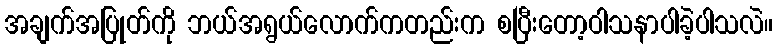
အချက်အပြုတ်ကို ဘယ်အရွယ်လောက်ကတည်းက စပြီးတော့ဝါသနာပါခဲ့ပါသလဲ။